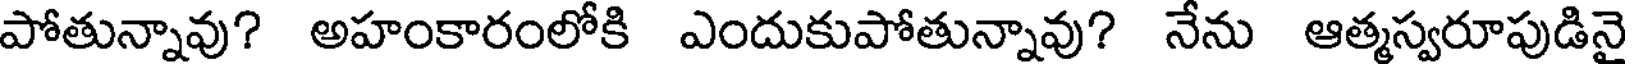
పోతున్నావు? అహంకారంలోకి ఎందుకుపోతున్నావు? నేను ఆత్మస్వరూపుడినై